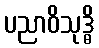
ပညာဝိသုဒ္ဓိ